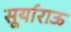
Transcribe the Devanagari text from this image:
सूर्याराऊ